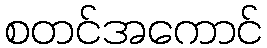
စတင်အကောင်